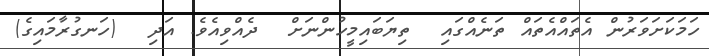
ހަމަކަށަވަރުން އެތައްއެތައް ތަނެއްގައި  ތިޔަބައިމީހުންނަށް  ދެއްވިއެވެ. އަދި  (ހަނގުރާމައިގެ)